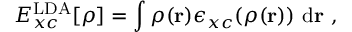
E _ { x c } ^ { \mathrm { L D A } } [ \rho ] = \int \rho ( \mathbf { r } ) \epsilon _ { x c } ( \rho ( \mathbf { r } ) ) \ \mathrm { d } \mathbf { r } \ ,